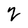
Character: 2